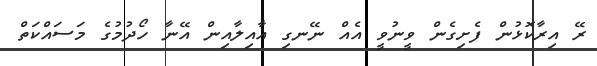
ރޭ އިރާކޮޅުން ފެށިގެން ވީނުވީ އެއް ނޭނގި އާއިލާއިން އޭނާ ހޯދުމުގެ މަަސައްކަތް